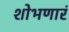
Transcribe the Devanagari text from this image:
शोभणारं